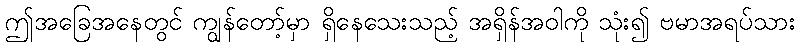
ဤအခြေအနေတွင် ကျွန်တော့်မှာ ရှိနေသေးသည့် အရှိန်အဝါကို သုံး၍ ဗမာအရပ်သား